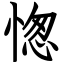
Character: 愡